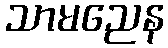
သာမညေန